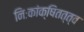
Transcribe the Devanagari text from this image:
निःकांक्षितत्त्व